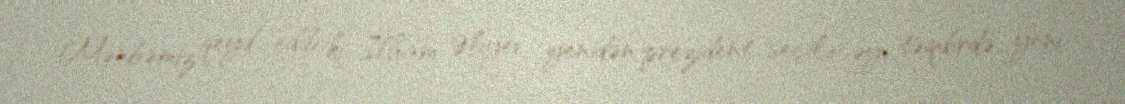
Mənbəmiz qeyd edib ki, İlham Əliyev yenidən prezident seçiləcəyi təqdirdə, yeni